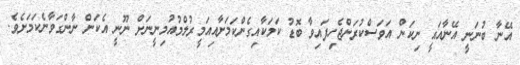
އޭނާ ބުނަނީ އޭނާއައީ ނިކަން އަވަސްކުރަންޖެހިފައިވާ ބޮޑު ކަމަކާއިގެންކަމަށާއިއަމީރުލްމުއުމިނީނަށް ނޫނީ އެކަން ނާންގަވާނެކަމަށެވެ.